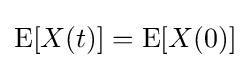
\operatorname {E} [X(t)]=\operatorname {E} [X(0)]